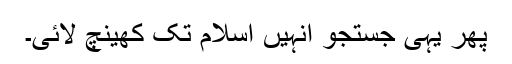
پھر یہی جستجو انہیں اسلام تک کھینچ لائی۔